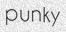
punky